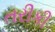
તરીકી